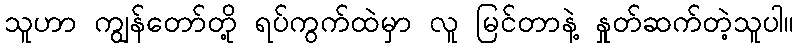
သူဟာ ကျွန်တော်တို့ ရပ်ကွက်ထဲမှာ လူ မြင်တာနဲ့ နှုတ်ဆက်တဲ့သူပါ။